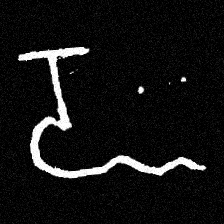
Pyu character \u2014 Myanmar letter: ဍ (romanized: dda)